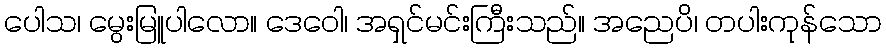
ပေါသ၊ မွေးမြူပါလော။ ဒေဝေါ၊ အရှင်မင်းကြီးသည်။ အညေပိ၊ တပါးကုန်သော